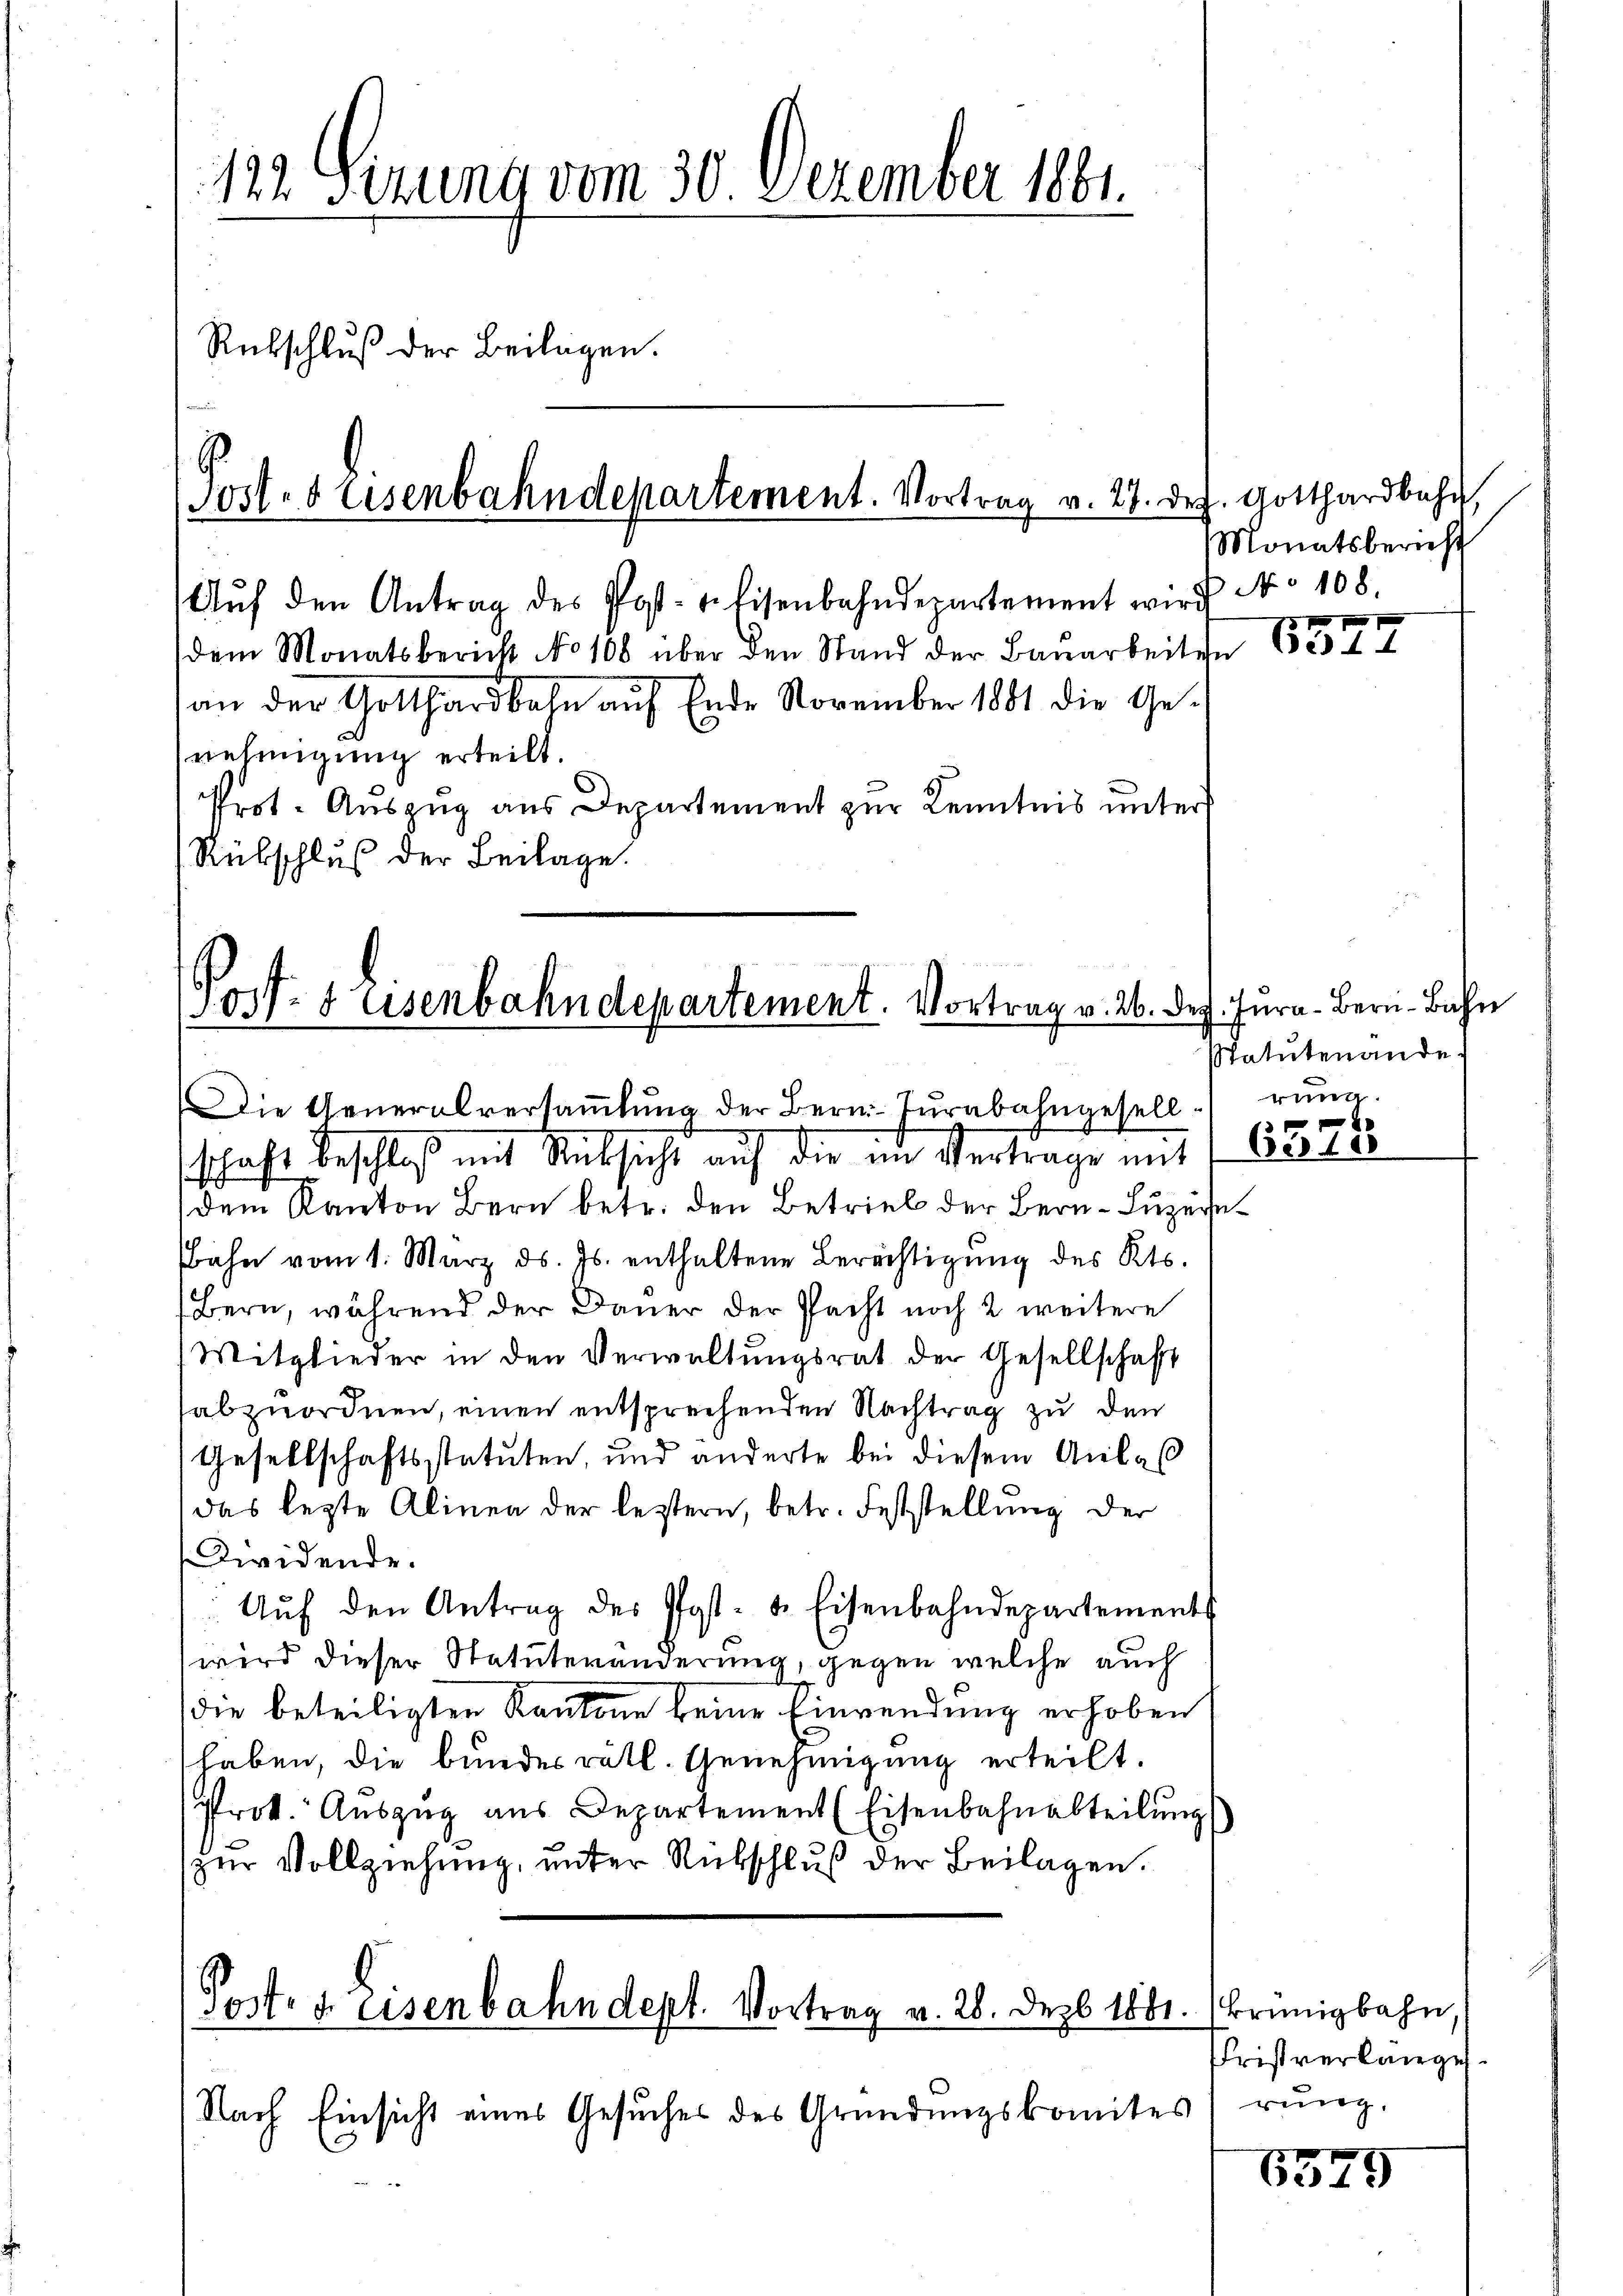
122. Serung vom 30. Dezember 1861.
Rübschluß der Beilagen.

Post- & Eisenbahndepartement. Vortrag v. 27. Dez
Aŭf den Antrag des Post- u. Eisenbahndepartement wird No 108.

dem Monatsbericht No 108 über den Stand der Baŭarbeiten
an der Gotthardbahn auf Ende November 1881 die Genehmigung erteilt.
Pept-Auszug aus Departement zur Kenntnis unters
Rübschluß der Beilage.

05f. 8 Eisenbahndepartement. Vortrag v. 26. Dez. Jura. Bern-Bahn
e

Die Generalversaṁlŭng der Bern-Turabahngesell

schaft beschloß mit Rücksicht auf die im Vertrage mit 1 63878
dem Kanton Bern betr. den Betrieb der Bern, Luzern¬
Bahn vom 1. März d. Js. enthaltene Berechtigung des Kts.
Bern, während der Dauer der Pacht noch 2 weitere
Mitglieder in den Verwaltŭngsrat der Gesellschaft
abzuordnen, einen entsprechenden Nachtrag zu den
Gesellschaftsstatuten, und änderte bei diesem Anlaß
das lezte Alinea der leztern, betr. Feststellung der
Zwvidende.
Aŭf den Antrag des Post- & Eisenbahndepartement
wird dieser Statutenänderung, gegen welche auch
die beteiligten Kantone keine Einwendung erhoben
haben, die bundesrätl. Genehmigung erteilt.
Prok. Auszug aus Departement (Eisenbahnabteilung
zur Vollziehung, unter Rutschluß der Beilagen.

Post- u. Eisenbahndept. Vortrag v. 28. Dezb 1881.

Nach Einsicht eines Gesuches des Gründungskomites

g. Gotthardbahn,
Monatsbericht

Statutenande
rung.

65

Brünigbahn
Christverlangen.
rung.

6575